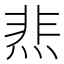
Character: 𰞴